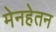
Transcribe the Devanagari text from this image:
मेनहेतन